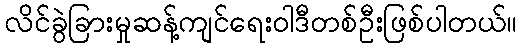
လိင်ခွဲခြားမှုဆန့်ကျင်ရေးဝါဒီတစ်ဦးဖြစ်ပါတယ်။